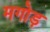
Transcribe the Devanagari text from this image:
मगोड़